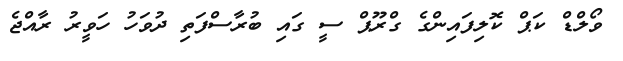
ވޯލްޑް ކަޕް ކޮލިފައިންގެ ގްރޫޕް ސީ ގައި ބުރާސްފަތި ދުވަހު ހަވީރު ރާއްޖެ